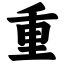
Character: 重